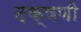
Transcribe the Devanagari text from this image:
दक्षणी